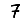
Digit: 7